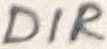
Text: DIR